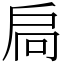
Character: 扃